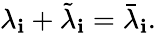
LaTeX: \lambda_{\mathbf{i}}+\tilde{{\lambda}}_{\mathbf{i}}=\bar{{\lambda}}_{\mathbf{i}}.